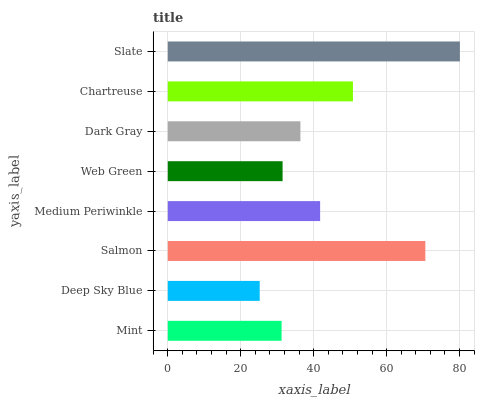
| yaxis_label | bars |
 | --- | --- |
 | Mint | 31.2 |
 | Deep Sky Blue | 25.2 |
 | Salmon | 70.6 |
 | Medium Periwinkle | 41.8 |
 | Web Green | 31.5 |
 | Dark Gray | 36.4 |
 | Chartreuse | 50.8 |
 | Slate | 80.1 |